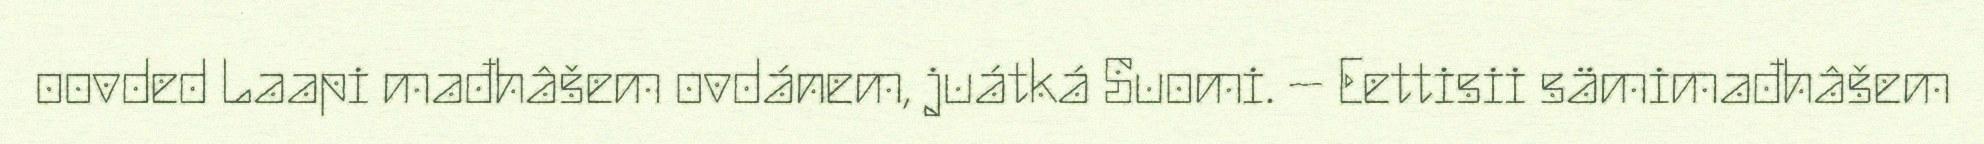
oovded Laapi mađhâšem ovdánem, juátká Suomi. – Eettisii sämimađhâšem